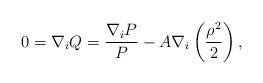
LaTeX: \begin{align*}0=\nabla_{i}Q=\frac{\nabla_{i}P}{P}-A\nabla_{i}\left(\frac{\rho^{2}}{2}\right),\end{align*}